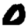
Digit: 0